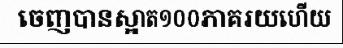
ចេញបានស្អាត១០០ភាគរយហើយ